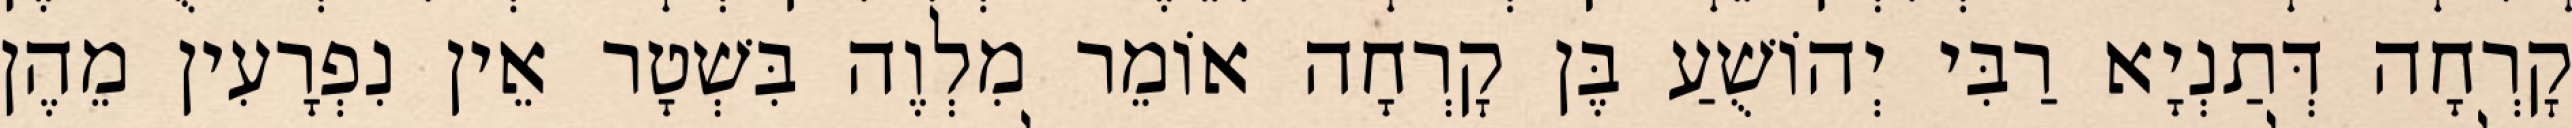
קׇרְחָה דְּתַנְיָא רַבִּי יְהוֹשֻׁעַ בֶּן קׇרְחָה אוֹמֵר מִלְוֶה בִּשְׁטָר אֵין נִפְרָעִין מֵהֶן